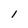
Character: I